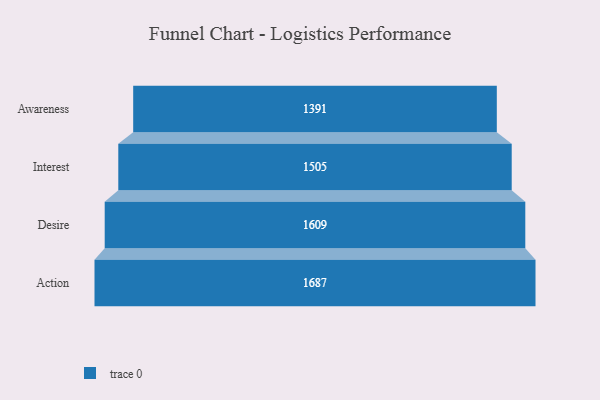
{"axis": {"x": "Stage", "y": "Value"}, "legend": [""], "data": [{"x": "Awareness", "y": 1391.0, "type": ""}, {"x": "Interest", "y": 1505.0, "type": ""}, {"x": "Desire", "y": 1609.0, "type": ""}, {"x": "Action", "y": 1687.0, "type": ""}]}